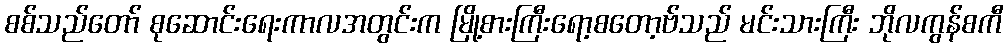
စစ်သည်တော် စုဆောင်းရေးကာလအတွင်းက မြို့စားကြီးရော့စတော့ဗ်သည် မင်းသားကြီး ဘိုလကွန်စကီ